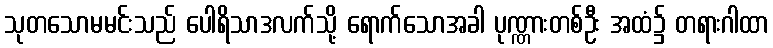
သုတသောမမင်းသည် ပေါရိသာဒလက်သို့ ရောက်သောအခါ ပုဏ္ဏားတစ်ဦး အထံ၌ တရားဂါထာ